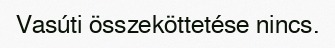
Vasúti összeköttetése nincs.